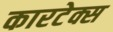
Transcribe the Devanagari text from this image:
कारटेक्स